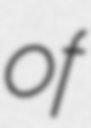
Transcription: of